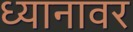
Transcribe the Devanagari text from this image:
ध्यानावर